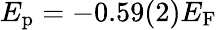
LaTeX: E_{\mathrm{p}}=-0.59(2)E_{\mathrm{F}}